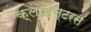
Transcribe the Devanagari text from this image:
क्लाइस्टरस